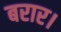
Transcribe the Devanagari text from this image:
बरार।